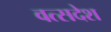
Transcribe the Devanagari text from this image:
वत्सदेश